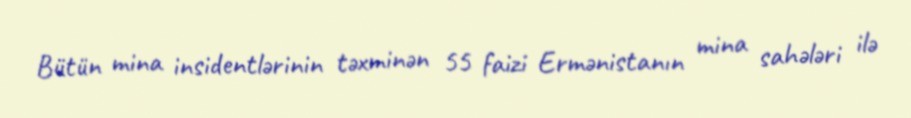
Bütün mina insidentlərinin təxminən 55 faizi Ermənistanın mina sahələri ilə